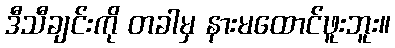
ဒီသီချင်းကို တခါမှ နားမထောင်ဖူးဘူး။